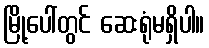
မြို့ပေါ်တွင် ဆေးရုံမရှိပါ။